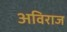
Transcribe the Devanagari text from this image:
अविराज